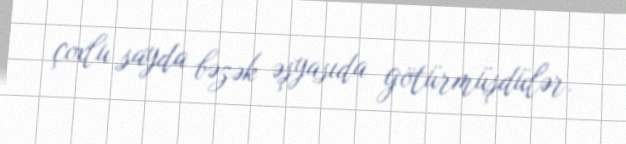
çoxlu sayda bəzək əşyasıda götürmüşdülər.